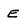
Character: e